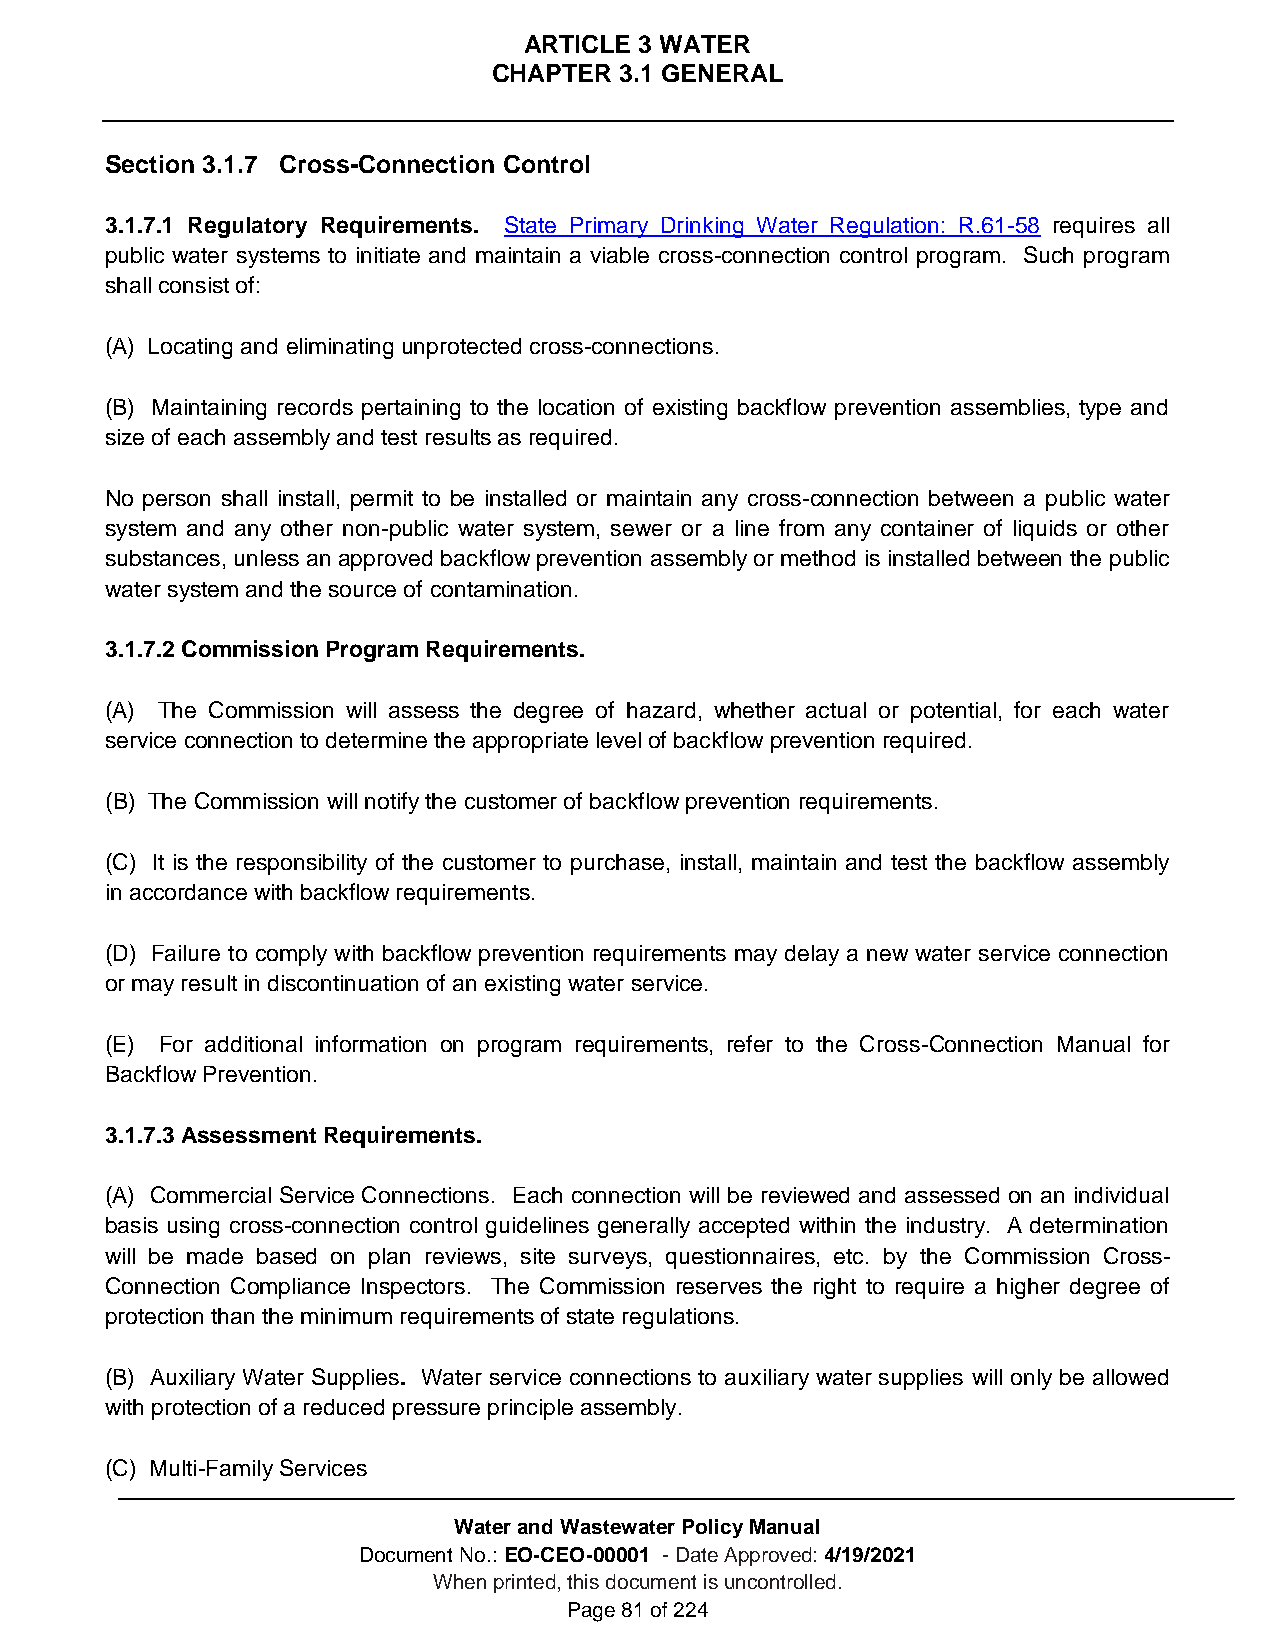
ARTICLE 3 WATER
 CHAPTER 3.1 GENERAL
 Section 3.1.7 Cross-Connection Control
 3.1.7.1 Regulatory Requirements. State Primary Drinking Water Regulation: R.61-58 requires all
 public water systems to initiate and maintain a viable cross-connection control program. Such program
 shall consist of:
 (A) Locating and eliminating unprotected cross-connections.
 (B) Maintaining records pertaining to the location of existing backflow prevention assemblies, type and
 size of each assembly and test results as required.
 No person shall install, permit to be installed or maintain any cross-connection between a public water
 system and any other non-public water system, sewer or a line from any container of liquids or other
 substances, unless an approved backflow prevention assembly or method is installed between the public
 water system and the source of contamination.
 3.1.7.2 Commission Program Requirements.
 (A) The Commission will assess the degree of hazard, whether actual or potential, for each water
 service connection to determine the appropriate level of backflow prevention required.
 (B) The Commission will notify the customer of backflow prevention requirements.
 (C) It is the responsibility of the customer to purchase, install, maintain and test the backflow assembly
 in accordance with backflow requirements.
 (D) Failure to comply with backflow prevention requirements may delay a new water service connection
 or may result in discontinuation of an existing water service.
 (E) For additional information on program requirements, refer to the Cross-Connection Manual for
 Backflow Prevention.
 3.1.7.3 Assessment Requirements.
 (A) Commercial Service Connections. Each connection will be reviewed and assessed on an individual
 basis using cross-connection control guidelines generally accepted within the industry. A determination
 will be made based on plan reviews, site surveys, questionnaires, etc. by the Commission Cross-
 Connection Compliance Inspectors. The Commission reserves the right to require a higher degree of
 protection than the minimum requirements of state regulations.
 (B) Auxiliary Water Supplies. Water service connections to auxiliary water supplies will only be allowed
 with protection of a reduced pressure principle assembly.
 (C) Multi-Family Services
 Water and Wastewater Policy Manual
 Document No.: EO-CEO-00001 - Date Approved: 4/19/2021
 When printed, this document is uncontrolled.
 Page 81 of 224